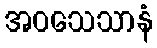
အဝသေသာနံ